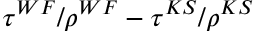
\tau ^ { W F } / \rho ^ { W F } - \tau ^ { K S } / \rho ^ { K S }